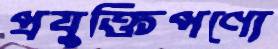
প্রযুক্তিপণ্যে